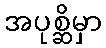
အပုစ္ဆိမှာ